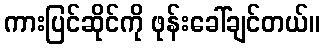
ကားပြင်ဆိုင်ကို ဖုန်းခေါ်ချင်တယ်။